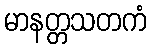
မာနတ္တသတကံ